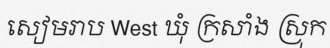
សៀមរាប West ឃុំ ក្រសាំង ស្រុក